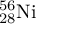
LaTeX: \mathrm { _ { 2 8 } ^ { 5 6 } N i }